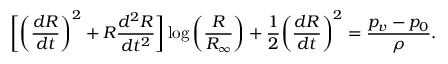
\bigg [ \bigg ( \frac { d R } { d t } \bigg ) ^ { 2 } + R \frac { d ^ { 2 } R } { d t ^ { 2 } } \bigg ] \log \bigg ( \frac { R } { R _ { \infty } } \bigg ) + \frac { 1 } { 2 } \bigg ( \frac { d R } { d t } \bigg ) ^ { 2 } = \frac { p _ { v } - p _ { 0 } } { \rho } .